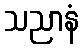
သညာနံ